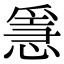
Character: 㥯